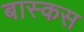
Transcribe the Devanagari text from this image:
बास्कस